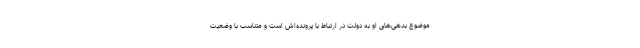
موضوع بدهی‌های او به دولت در ارتباط با پرونده‌اش است و متناسب با وضعیت